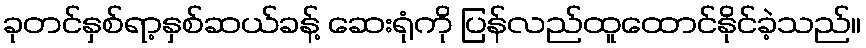
ခုတင်နှစ်ရာ့နှစ်ဆယ်ခန့် ဆေးရုံကို ပြန်လည်ထူထောင်နိုင်ခဲ့သည်။